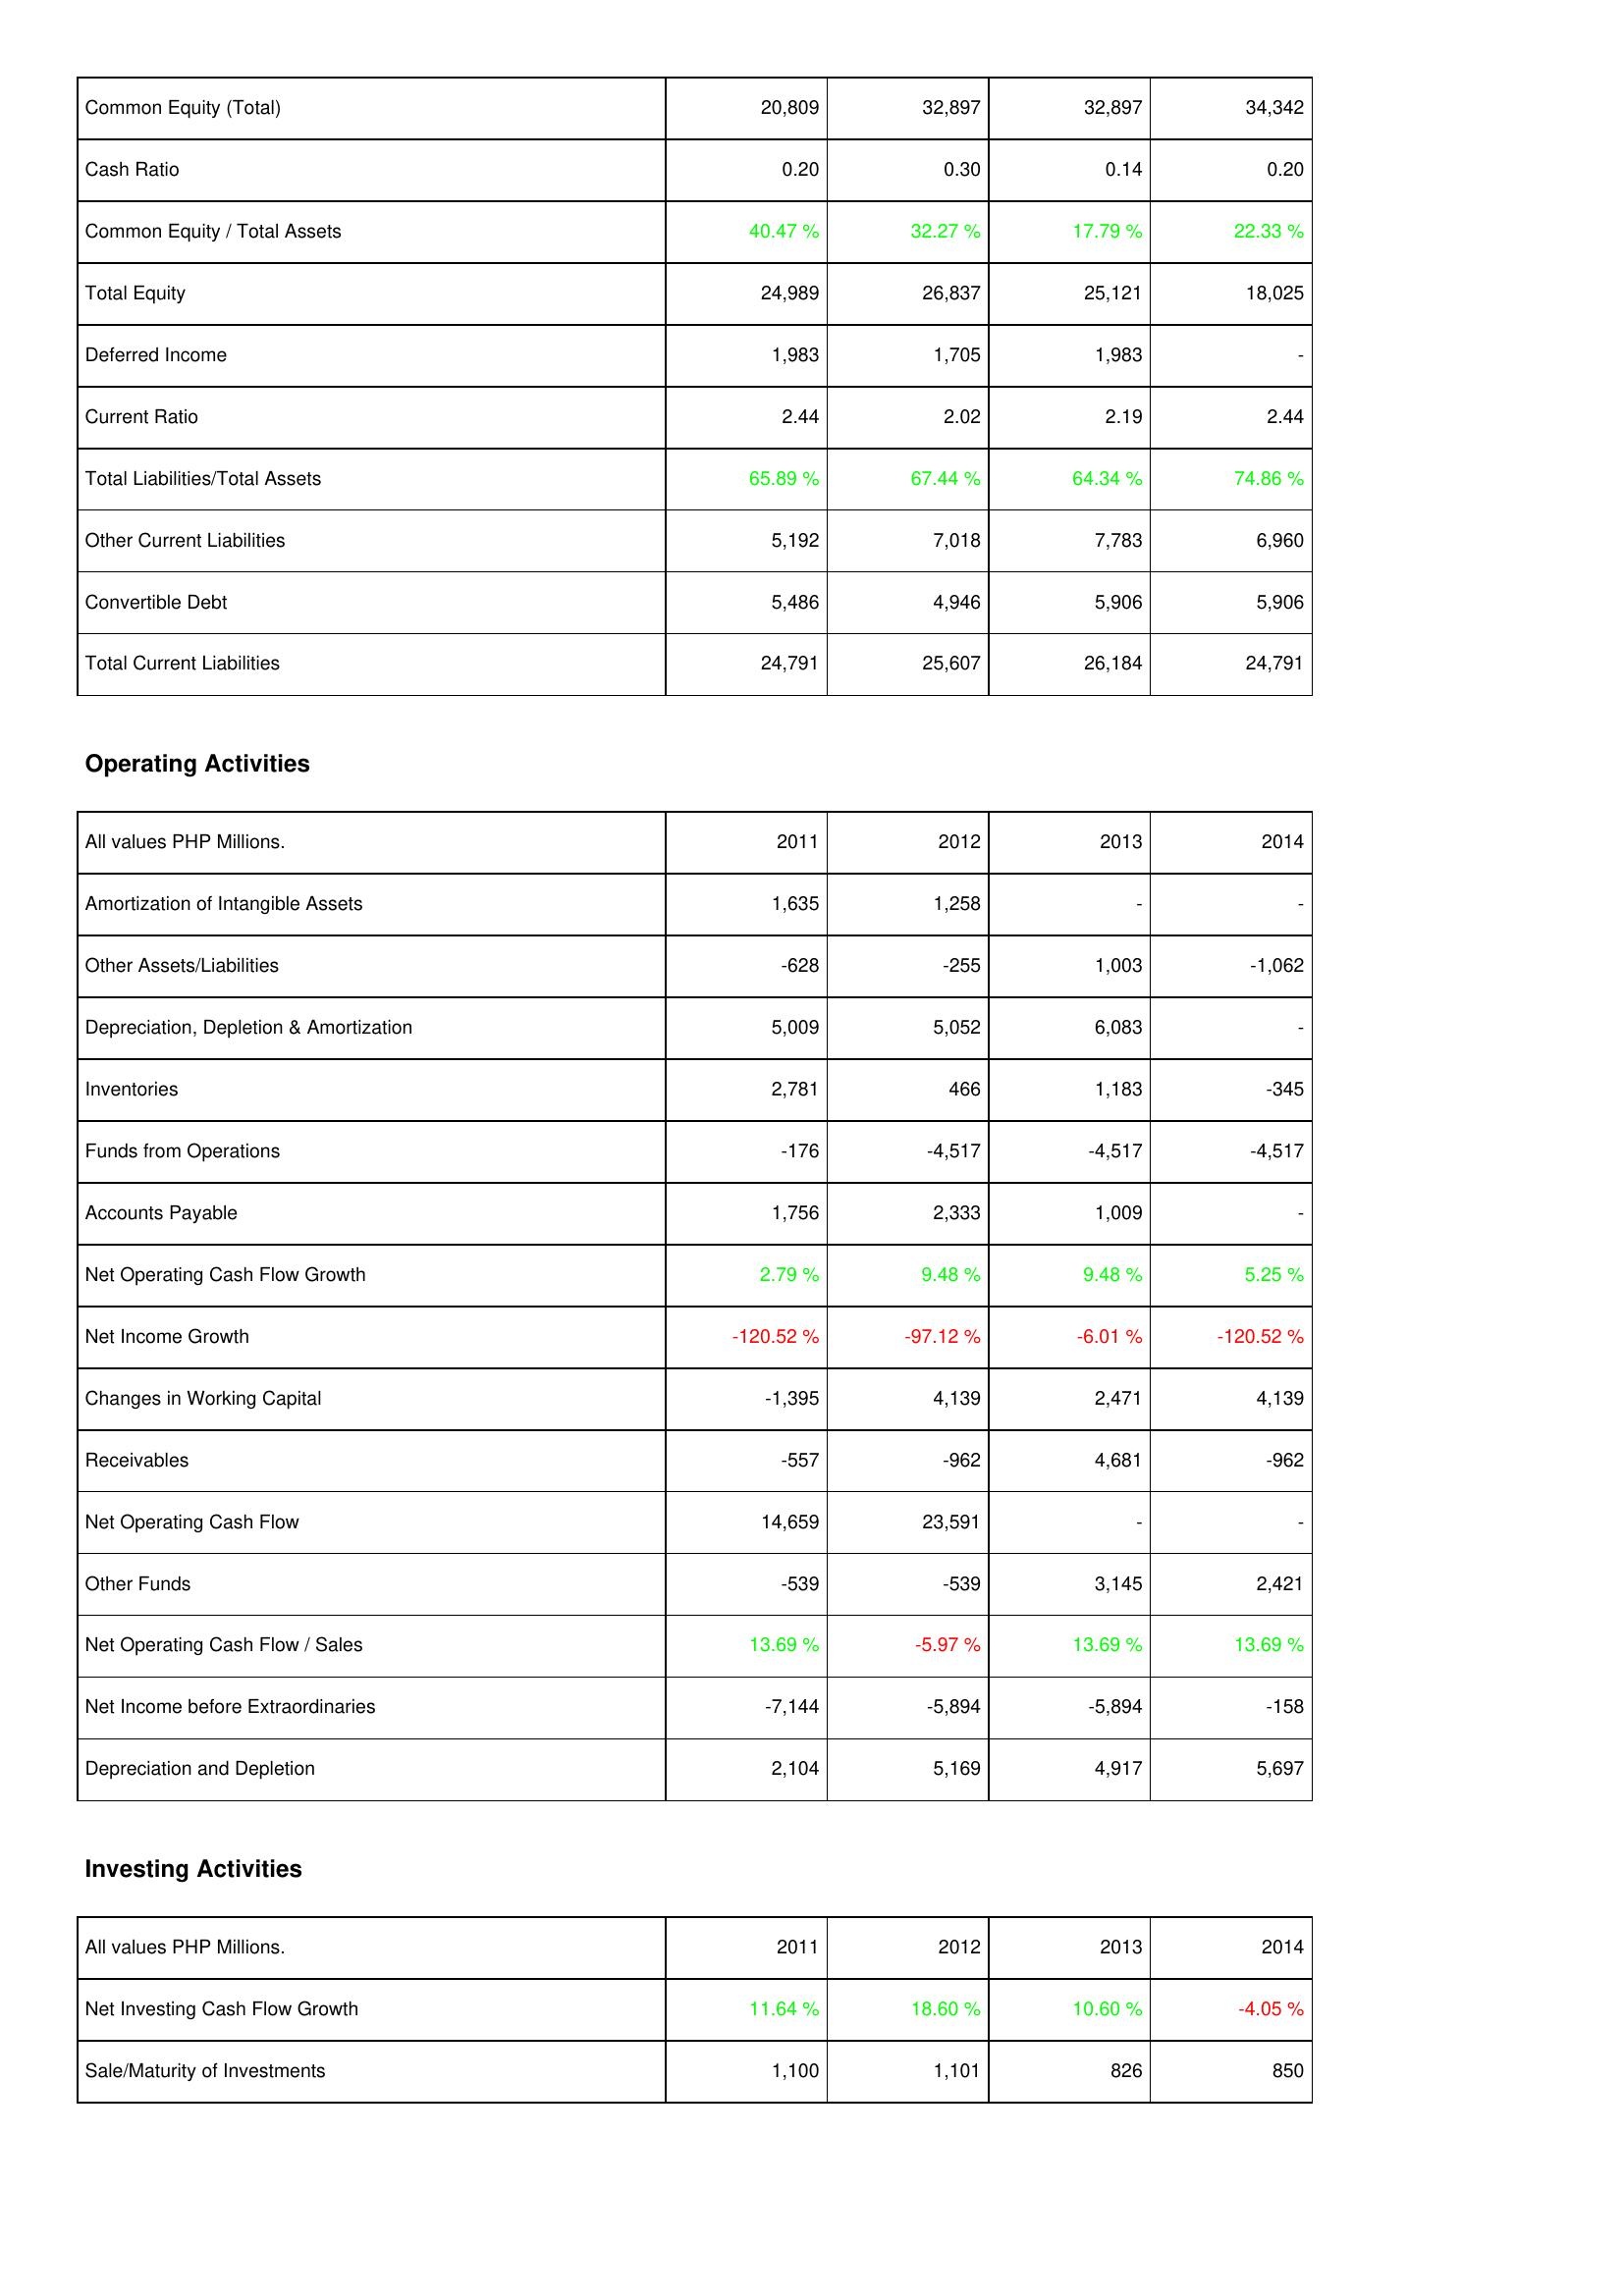
2011: Liabilities & Shareholders' Equity: Common Equity (Total): 20,809
Cash Ratio: 0.20
Common Equity / Total Assets: 40.47 %
Total Equity: 24,989
Deferred Income: 1,983
Current Ratio: 2.44
Total Liabilities/Total Assets: 65.89 %
Other Current Liabilities: 5,192
Convertible Debt: 5,486
Total Current Liabilities: 24,791
Operating Activities: Amortization of Intangible Assets: 1,635
Other Assets/Liabilities: -628
Depreciation, Depletion & Amortization: 5,009
Inventories: 2,781
Funds from Operations: -176
Accounts Payable: 1,756
Net Operating Cash Flow Growth: 2.79 %
Net Income Growth: -120.52 %
Changes in Working Capital: -1,395
Receivables: -557
Net Operating Cash Flow: 14,659
Other Funds: -539
Net Operating Cash Flow / Sales: 13.69 %
Net Income before Extraordinaries: -7,144
Depreciation and Depletion: 2,104
Investing Activities: Net Investing Cash Flow Growth: 11.64 %
Sale/Maturity of Investments: 1,100
2012: Liabilities & Shareholders' Equity: Common Equity (Total): 32,897
Cash Ratio: 0.30
Common Equity / Total Assets: 32.27 %
Total Equity: 26,837
Deferred Income: 1,705
Current Ratio: 2.02
Total Liabilities/Total Assets: 67.44 %
Other Current Liabilities: 7,018
Convertible Debt: 4,946
Total Current Liabilities: 25,607
Operating Activities: Amortization of Intangible Assets: 1,258
Other Assets/Liabilities: -255
Depreciation, Depletion & Amortization: 5,052
Inventories: 466
Funds from Operations: -4,517
Accounts Payable: 2,333
Net Operating Cash Flow Growth: 9.48 %
Net Income Growth: -97.12 %
Changes in Working Capital: 4,139
Receivables: -962
Net Operating Cash Flow: 23,591
Other Funds: -539
Net Operating Cash Flow / Sales: -5.97 %
Net Income before Extraordinaries: -5,894
Depreciation and Depletion: 5,169
Investing Activities: Net Investing Cash Flow Growth: 18.60 %
Sale/Maturity of Investments: 1,101
2013: Liabilities & Shareholders' Equity: Common Equity (Total): 32,897
Cash Ratio: 0.14
Common Equity / Total Assets: 17.79 %
Total Equity: 25,121
Deferred Income: 1,983
Current Ratio: 2.19
Total Liabilities/Total Assets: 64.34 %
Other Current Liabilities: 7,783
Convertible Debt: 5,906
Total Current Liabilities: 26,184
Operating Activities: Amortization of Intangible Assets: -
Other Assets/Liabilities: 1,003
Depreciation, Depletion & Amortization: 6,083
Inventories: 1,183
Funds from Operations: -4,517
Accounts Payable: 1,009
Net Operating Cash Flow Growth: 9.48 %
Net Income Growth: -6.01 %
Changes in Working Capital: 2,471
Receivables: 4,681
Net Operating Cash Flow: -
Other Funds: 3,145
Net Operating Cash Flow / Sales: 13.69 %
Net Income before Extraordinaries: -5,894
Depreciation and Depletion: 4,917
Investing Activities: Net Investing Cash Flow Growth: 10.60 %
Sale/Maturity of Investments: 826
2014: Liabilities & Shareholders' Equity: Common Equity (Total): 34,342
Cash Ratio: 0.20
Common Equity / Total Assets: 22.33 %
Total Equity: 18,025
Deferred Income: -
Current Ratio: 2.44
Total Liabilities/Total Assets: 74.86 %
Other Current Liabilities: 6,960
Convertible Debt: 5,906
Total Current Liabilities: 24,791
Operating Activities: Amortization of Intangible Assets: -
Other Assets/Liabilities: -1,062
Depreciation, Depletion & Amortization: -
Inventories: -345
Funds from Operations: -4,517
Accounts Payable: -
Net Operating Cash Flow Growth: 5.25 %
Net Income Growth: -120.52 %
Changes in Working Capital: 4,139
Receivables: -962
Net Operating Cash Flow: -
Other Funds: 2,421
Net Operating Cash Flow / Sales: 13.69 %
Net Income before Extraordinaries: -158
Depreciation and Depletion: 5,697
Investing Activities: Net Investing Cash Flow Growth: -4.05 %
Sale/Maturity of Investments: 850